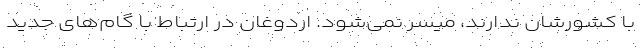
با کشورشان ندارند، میسر نمی‌شود. اردوغان در ارتباط با گام‌های جدید